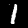
Label: 1